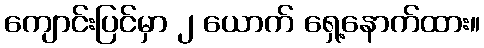
ကျောင်းပြင်မှာ ၂ ယောက် ရှေ့နောက်ထား။